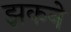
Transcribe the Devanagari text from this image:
झकने